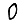
Digit: 0